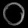
Digit: ၀